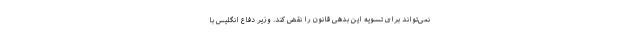
نمی‌تواند برای تسویه این بدهی قانون را نقض کند. وزیر دفاع انگلیس با